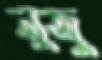
লুজু